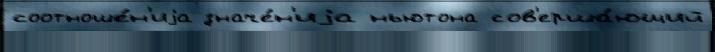
соотноше́н'иjа значе́н'иjа ньютона сов'ерша́ющий